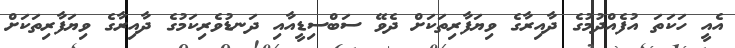
އެއީ ހަކަތަ އުފެއްދުމުގެ ދާއިރާގެ ވިޔަފާރިތަކަށް ދެވޭ ސަބްސިޑީއާއި ދަނޑުވެރިކަމުގެ ދާއިރާގެ ވިޔަފާރިތަކަށް